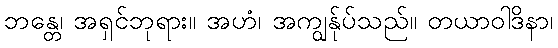
ဘန္တေ၊ အရှင်ဘုရား။ အဟံ၊ အကျွန်ုပ်သည်။ တယာဝါဒိနာ၊